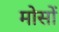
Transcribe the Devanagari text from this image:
मोसों